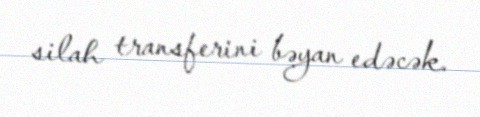
silah transferini bəyan edəcək.